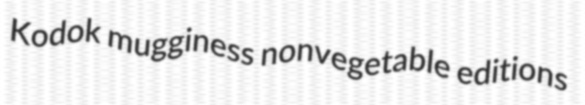
Kodok mugginess nonvegetable editions